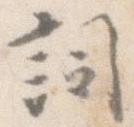
詞